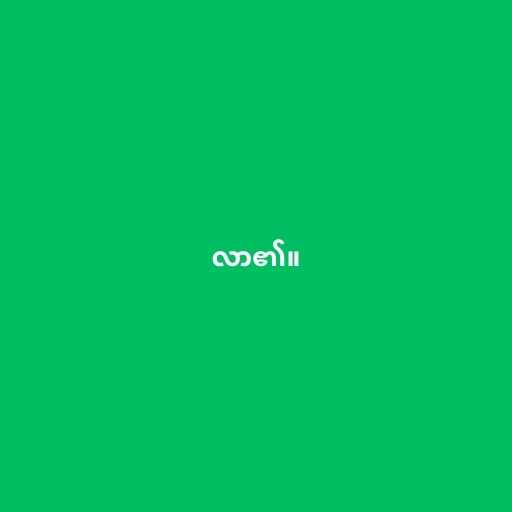
လာ၏။